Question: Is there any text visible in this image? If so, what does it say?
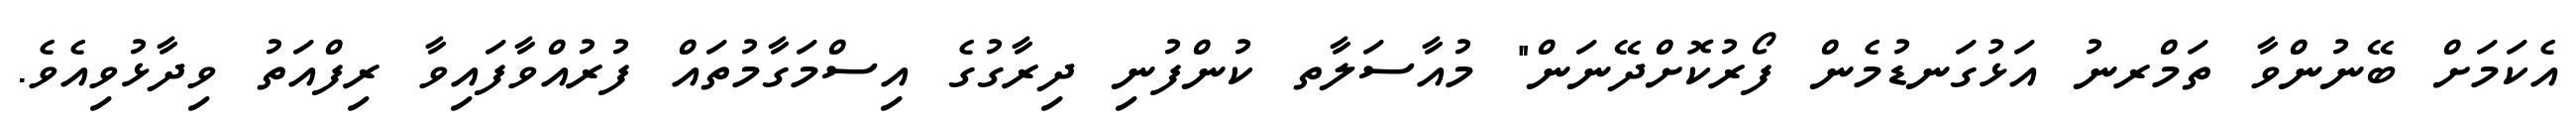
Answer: އެކަމަށް ބޭނުންވާ ތަމްރނު އަޅުގަނޑުމެން ފޯރުކޮށްދޭނަން" މުއާސަލާތ ކުންފުނި ދިރާގުގެ އިސްމަގާމުތައް ފުރުއްވާފައިވާ ރިފްއަތު ވިދާޅުވިއެވެ.